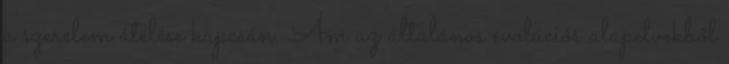
a szerelem átélése kapcsán. Ám az általános evolúciós alapelvekből